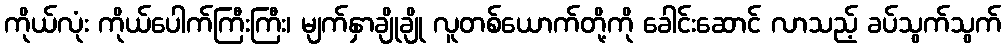
ကိုယ်လုံး ကိုယ်ပေါက်ကြီးကြီး၊ မျက်နှာချိုချို လူတစ်ယောက်တို့ကို ခေါင်းဆောင် လာသည့် ခပ်သွက်သွက်